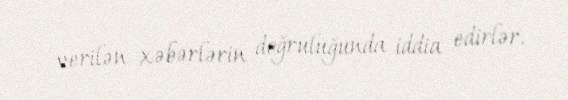
verilən xəbərlərin doğruluğunda iddia edirlər.